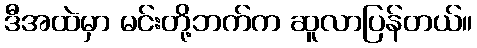
ဒီအထဲမှာ မင်းတို့ဘက်က ဆူလာပြန်တယ်။